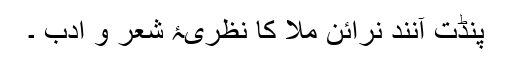
پنڈت آنند نرائن ملّا کا نظریۂ شعر و ادب ۔